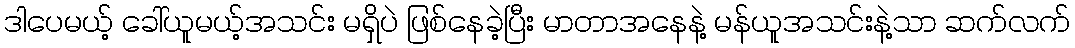
ဒါပေမယ့် ခေါ်ယူမယ့်အသင်း မရှိပဲ ဖြစ်နေခဲ့ပြီး မာတာအနေနဲ့ မန်ယူအသင်းနဲ့သာ ဆက်လက်